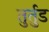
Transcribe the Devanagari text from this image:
तुर्तुड